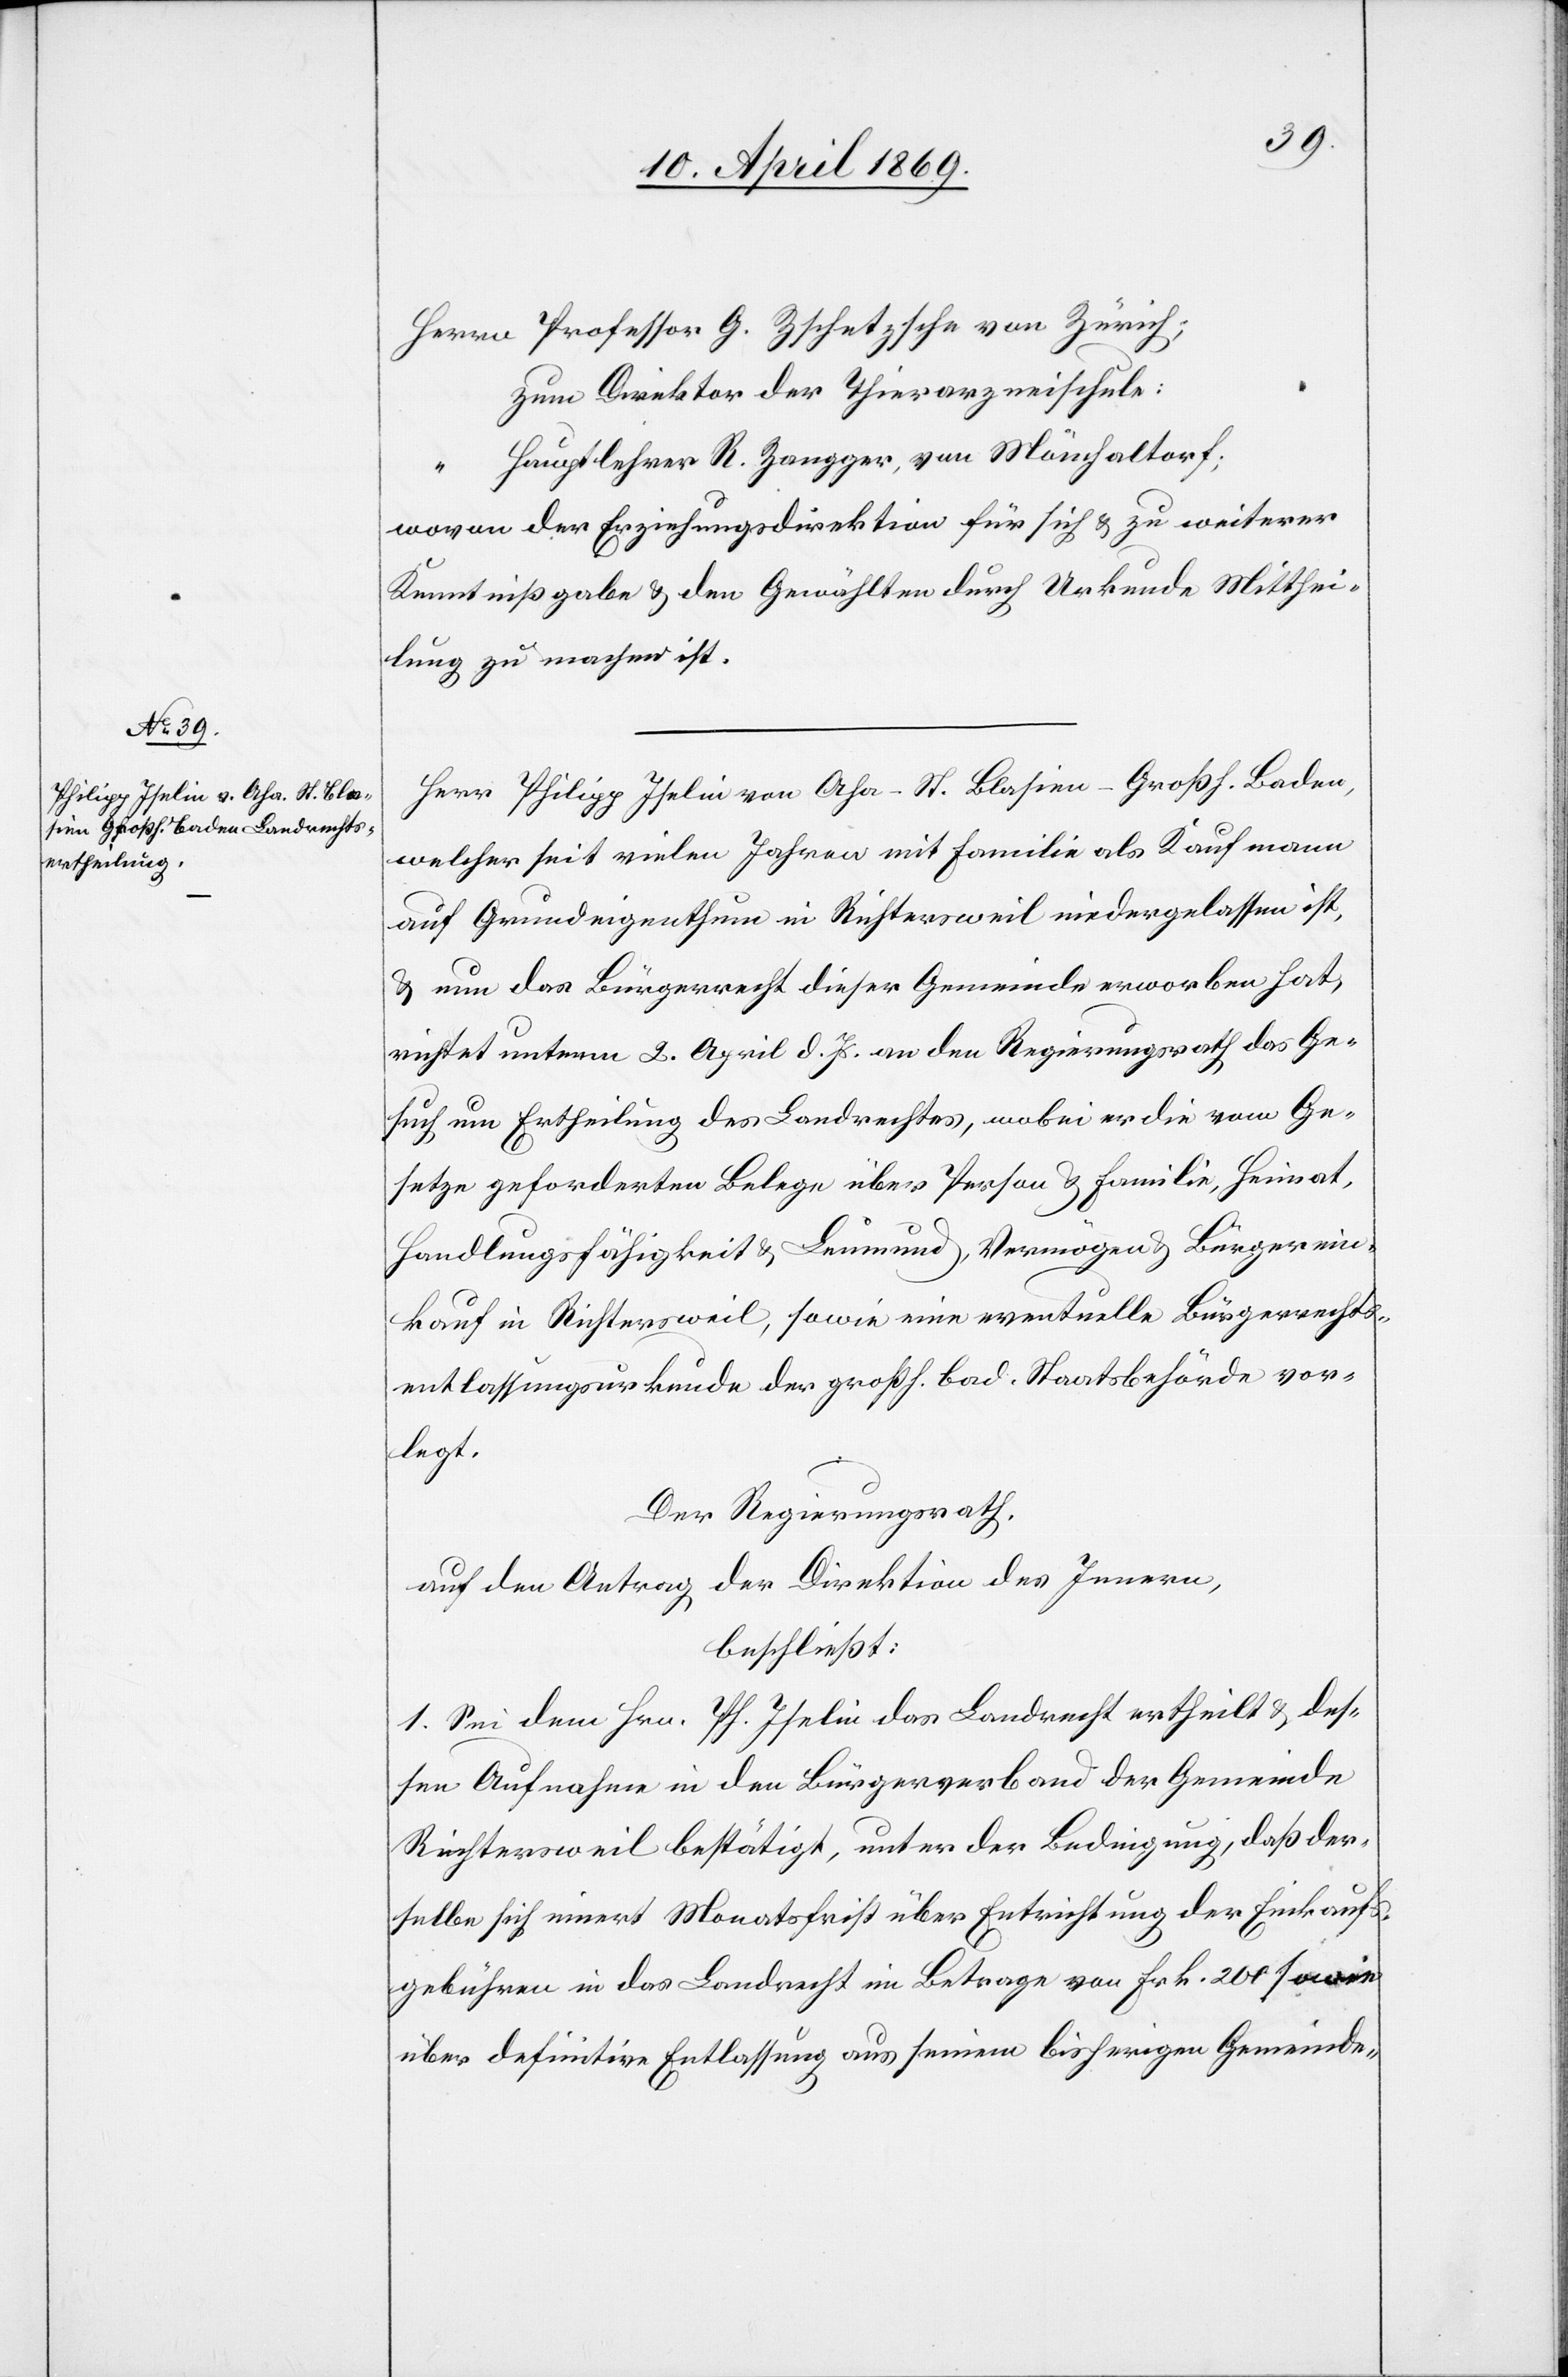
Herrn Professor G. Zschetzsche von Zürich;
zum Direktor der Thierarzneischule:
Hauptlehrer R. Zangger, von Mönchaltorf;
wovon der Erziehungsdirektion für sich u. zu weiterer
Kenntnißgabe u. den Gewählten durch Urkunde Mitthei¬
lung zu machen ist.
Herr Philipp Iselin von Aha - St. Blasien - Großh. Baden,
welcher seit vielen Jahren mit Familie als Kaufmann
auf Grundeigenthum in Richtersweil niedergelassen ist,
u. nun das Bürgerrecht dieser Gemeinde erworben hat,
richtet unterm 2. April d. Js. an den Regierungsrath das Ge¬
such um Ertheilung des Landrechtes, wobei es die vom Ge¬
setze geforderten Belege über Person u. Familie, Heimat,
Handlungsfähigkeit u. Leumund, Vermögen u. Bürgerein¬
kauf in Richtersweil, sowie eine eventuelle Bürgerrechts¬
entlassungsurkunde der großh. bad. Staatsbehörde vor¬
legt.
Der Regierungsrath,
auf den Antrag der Direktion des Innern,
beschließt:
1. Sei dem Hrn. Ph. Iselin das Landrecht ertheilt u. des¬
sen Aufnahme in den Bürgerverband der Gemeinde
Richtersweil bestätigt, unter der Bedingung, daß der¬
selbe sich innert Monatsfrist über Entrichtung der Einkaufs¬
gebühren in das Landrecht im Betrage von Frk. 200 sowie
über definitive Entlassung aus seinem bisherigen Gemeinde-